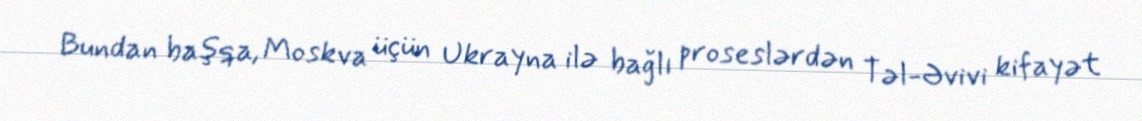
Bundan başqa, Moskva üçün Ukrayna ilə bağlı proseslərdən Təl-Əvivi kifayət